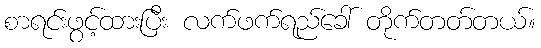
စာရင်းဖွင့်ထားပြီး လက်ဖက်ရည်ခေါ် တိုက်တတ်တယ်။